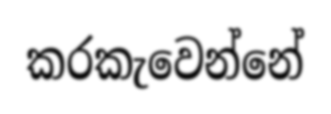
කරකැවෙන්නේ